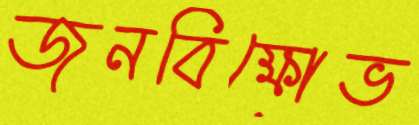
জনবিক্ষোভ